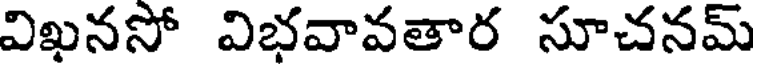
విఖనసో విభవావతార సూచనమ్